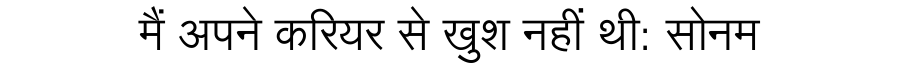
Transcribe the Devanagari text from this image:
मैं अपने करियर से खुश नहीं थी: सोनम